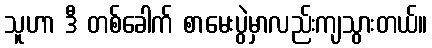
သူဟာ ဒီ တစ်ခေါက် စာမေးပွဲမှာလည်းကျသွားတယ်။